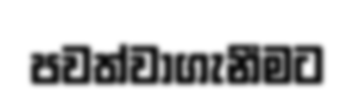
පවත්වාගැනීමට